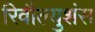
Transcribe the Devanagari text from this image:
रिवौल्युशंस